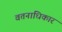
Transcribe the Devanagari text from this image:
वतनाधिकार